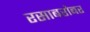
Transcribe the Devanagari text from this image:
रसाबरोबर